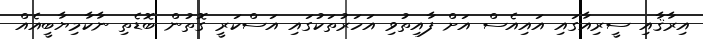
އިރާޤާއި ސީރިއާގައި އައިއެސް އަށް ފާއިތުވި އަހަރުތަކުގައި އަސްކަރީ ގޮތުން ބޮޑެތި ނާކާމިޔާބީއެއް